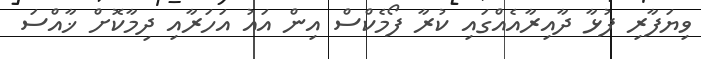
ވިޔަފާރި ފުޅާ ދާއިރާއެއްގައި ކުރާ ފޯމެކްސް އިން އައު އަހަރާއި ދިމާކޮށް ޚާއްސަ